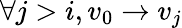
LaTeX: \forall j>i,v_{0}\rightarrow v_{j}